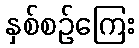
နှစ်စဉ်ကြေး